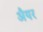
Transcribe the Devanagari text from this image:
अैयर